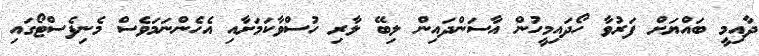
ދާއިމީ ބައްޔަށް ފަރުވާ ހޯދައިމީހުން އާސަންދައިން ލިބޭ ލާރި ހުސްވާކަމަށާއި އެހެންނަމަވެސް މެނިފެސްޓޯގައި